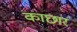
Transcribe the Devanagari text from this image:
काछार